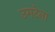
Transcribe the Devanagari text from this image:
उमटेना